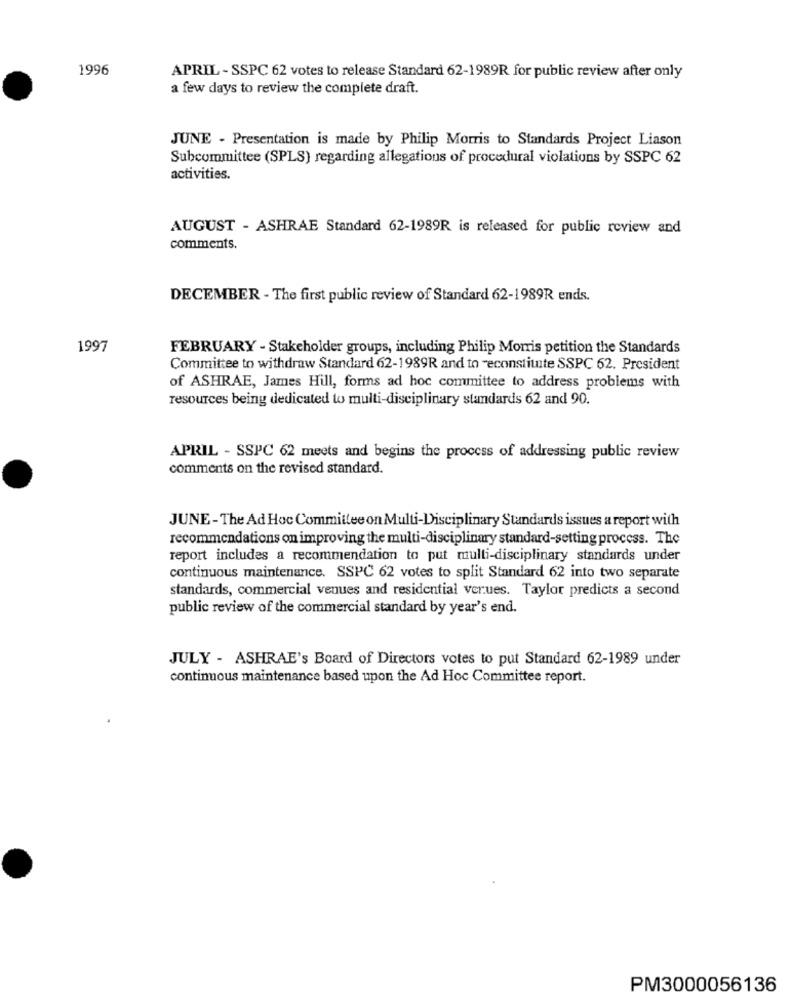
1996
APRIL - SSPC 62 votes to release Standard 62-1989R for public review after only
a few days to review the complete draft.
JUNE - Presentation is made by Philip Morris to Standards Project Liason
Subcommittee (SPLS) regarding allegations of procedural violations by SSPC 62
activities.
AUGUST - ASHRAE Standard 62-1989R is released for public review and
comments.
DECEMBER - The first public review of Standard 62-1989R ends.
1997
FEBRUARY - Stakeholder groups, including Philip Morris petition the Standards
Committee to withdraw Standard 62-1989R and to ~econstitute SSPC 62. President
of ASHRAE, James Hill, forms ad hoc committee to address problems with
resources being dedicated to multi-disciplinary standards 62 and 90.
APRIL - SSPC 62 meets and begins the process of addressing public review
comments on the revised standard.
JUNE-The Ad Hoc Committee on Multi-Disciplinary Standards issues a report with
recommendations on improving the multi-disciplinary standard-setting process. The
report includes a recommendation to put multi-disciplinary standards under
continuous maintenance. SSPC 62 votes to split Standard 62 into two separate
standards, commercial venues and residential verues. Taylor predicts a second
public review of the commercial standard by year's end.
JULY - ASHRAE's Board of Directors votes to put Standard 62-1989 under
continuous maintenance based upon the Ad Hoc Committee report.
PM3000056136